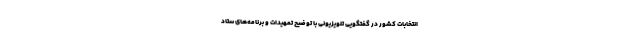
انتخابات کشور در گفتگویی تلویزیونی با توضیح تمهیدات و برنامه‌های ستاد